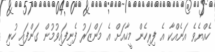
ހެއްޔެވެ އަނެއްކާ އެ ފިރިހެން މީހާއަށް އެ މަންޒަރު ފެނިފައިވުމުން ގަންފައި ހުރި